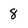
Character: 8